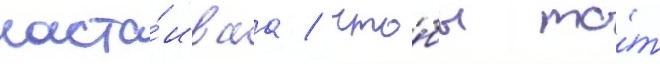
наста́иваа / что́бы то́т